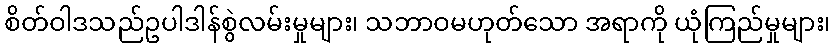
စိတ်ဝါဒသည်ဥပါဒါန်စွဲလမ်းမှုများ၊ သဘာဝမဟုတ်သော အရာကို ယုံကြည်မှုများ၊